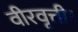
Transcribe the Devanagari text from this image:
वीरवृत्ती।